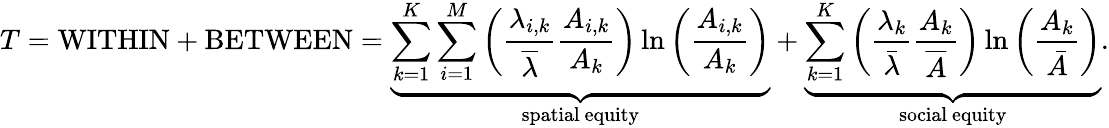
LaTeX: T=\mathrm{WITHIN}+\mathrm{BETWEEN}=\underbrace{\sum_{k=1}^{K}\sum_{i=1}^{M}\left(\frac{\lambda_{i,k}}{\overline{{\lambda}}}\frac{A_{i,k}}{A_{k}}\right)\ln\left(\frac{A_{i,k}}{A_{k}}\right)}_{\mathrm{spatial~equity}}+\underbrace{\sum_{k=1}^{K}\left(\frac{\lambda_{k}}{\bar{\lambda}}\frac{A_{k}}{\overline{{A}}}\right)\ln\left(\frac{A_{k}}{\bar{A}}\right)}_{\mathrm{social~equity}}.